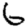
Digit: 6